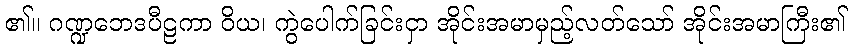
၏။ ဂဏ္ဍဘေဒပီဠကာ ဝိယ၊ ကွဲပေါက်ခြင်းငှာ အိုင်းအမာမှည့်လတ်သော် အိုင်းအမာကြီး၏